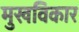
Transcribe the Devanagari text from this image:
मुखविकार